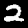
Label: 2